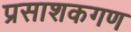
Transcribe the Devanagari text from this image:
प्रसाशकगण